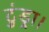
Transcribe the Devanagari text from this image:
टुंड्रा।